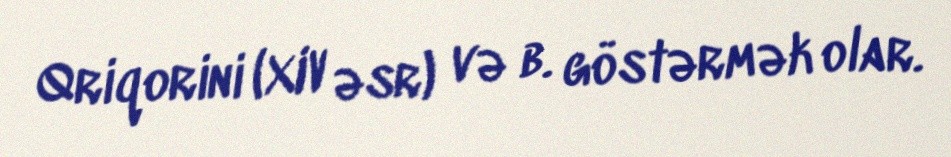
Qriqorini (XIV əsr) və b. göstərmək olar.